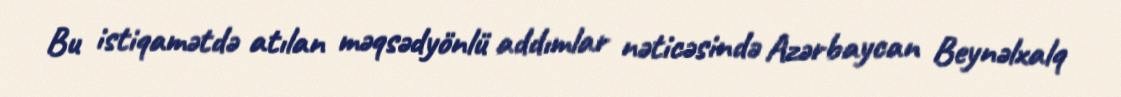
Bu istiqamətdə atılan məqsədyönlü addımlar nəticəsində Azərbaycan Beynəlxalq